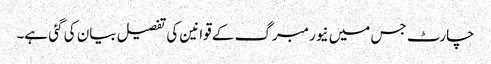
چارٹ جس میں نیورمبرگ کے قوانین کی تفصیل بیان کی گئی ہے۔